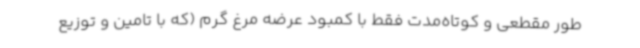
طور مقطعی و کوتاه‌مدت فقط با کمبود عرضه مرغ گرم (که با تامین و توزیع